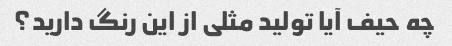
چه حیف آیا تولید مثلی از این رنگ دارید؟